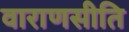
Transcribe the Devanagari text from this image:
वाराणसीति